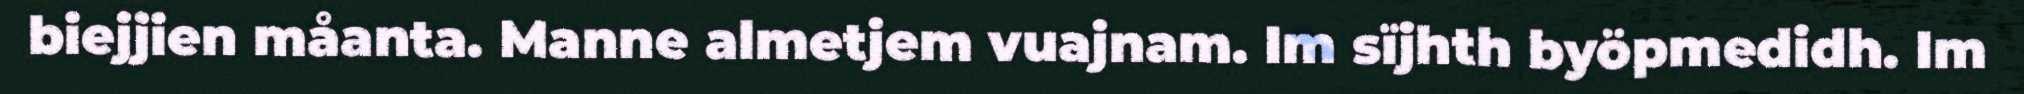
biejjien måanta. Manne almetjem vuajnam. Im sïjhth byöpmedidh. Im